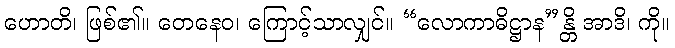
ဟောတိ၊ ဖြစ်၏။ တေနေဝ၊ ကြောင့်သာလျှင်။ “လောကာဓိဋ္ဌာန”န္တိ အာဒိ၊ ကို။